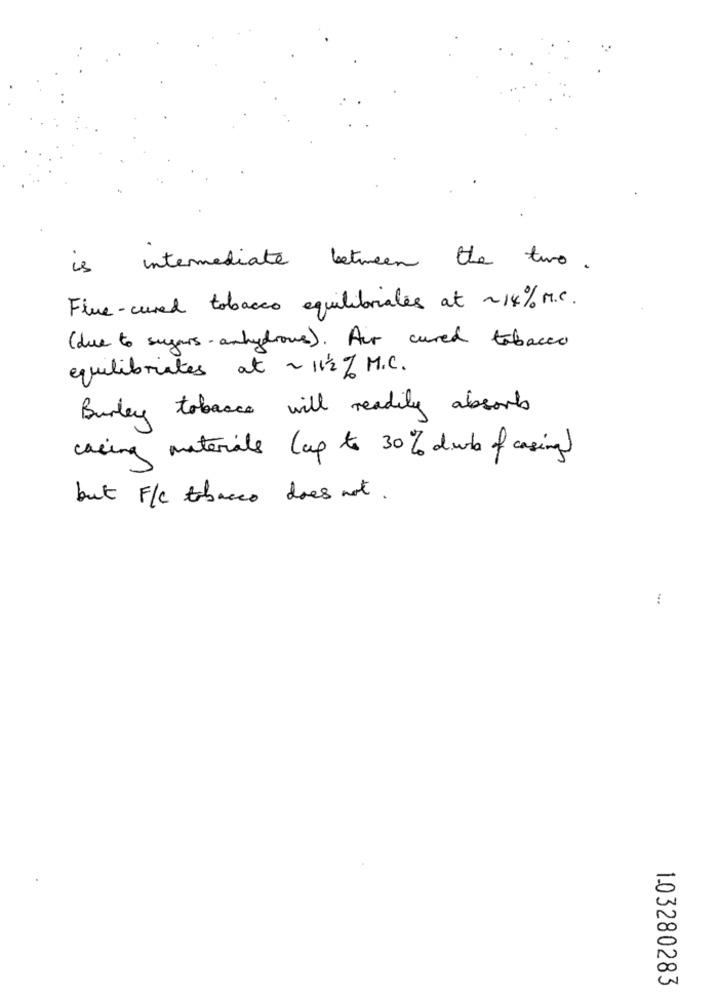
is intermediate between the two.
Flue- cured tobacco equilibriales at ~14% M.C.
( due to sugars- anhydrous). Air cured tabacco
equilibriates at ~ 11/2 % M.C.
Burley tobacco will readily absorbs
casing materials (up to 30% dub of casing)
but F/C tobacco does not.
1.03280283